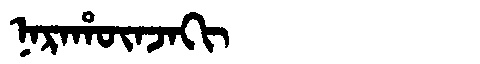
Manchu: ᠨᠠᡵᠠᡥᡡᠨᠵᠠᡴᡳ
Romanization: NARAHŪNJAKI